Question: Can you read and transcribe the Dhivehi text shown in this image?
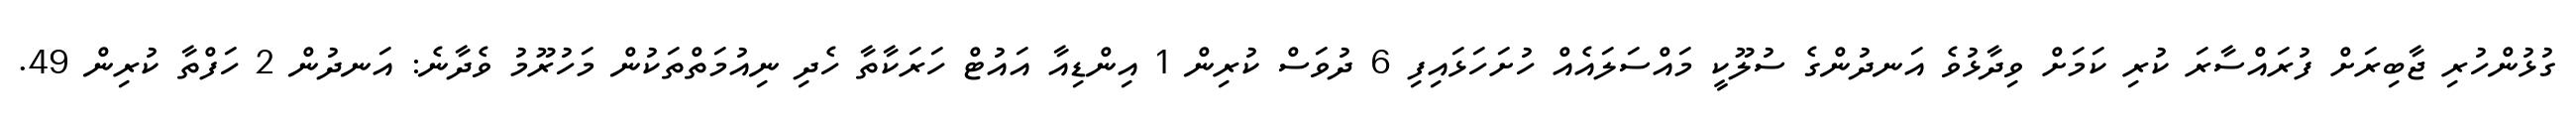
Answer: ގުޅުންހުރި ޖާބިރަށް ފުރައްސާރަ ކުރި ކަމަށް ވިދާޅުވެ އަނދުންގެ ސުލޫކީ މައްސަލައެއް ހުށަހަޅައިފި 6 ދުވަސް ކުރިން 1 އިންޑިއާ އައުޓް ހަރަކާތާ ހެދި ނިއުމަތްތަކުން މަހުރޫމު ވެދާނެ: އަނދުން 2 ހަފްތާ ކުރިން 49.